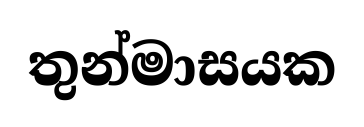
තුන්මාසයක